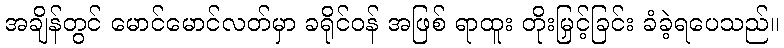
အချိန်တွင် မောင်မောင်လတ်မှာ ခရိုင်ဝန် အဖြစ် ရာထူး တိုးမြှင့်ခြင်း ခံခဲ့ရပေသည်။